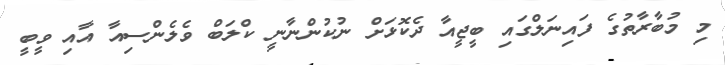
މި މުބާރާތުގެ ފައިނަލްގައި ބީޖީއާ ދެކޮޅަށް ނުކުންނާނީ ކްލަބް ވެލެންސިއާ އާއި ވީބީ